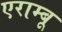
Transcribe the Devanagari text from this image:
एराम्बू